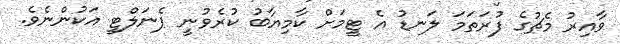
ވާއިރު މެޗުގެ ފުރަތަމަ ލަނޑު އެ ޓީމަށް ކާމިޔާބު ކުރެވުނީ ޕެނަލްޓީ އަކުންނެވެ.